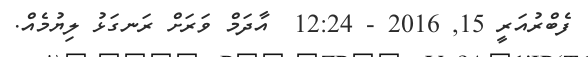
ފެބްރުއަރީ 15